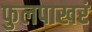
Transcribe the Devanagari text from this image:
फुलपाखरं